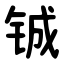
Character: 铖